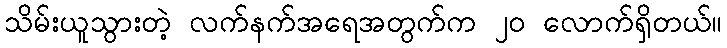
သိမ်းယူသွားတဲ့ လက်နက်အရေအတွက်က ၂၀ လောက်ရှိတယ်။